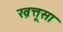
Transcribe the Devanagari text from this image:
ख़त्तूसा